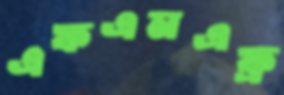
এফএনএফ্র